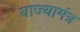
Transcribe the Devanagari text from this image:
याज्यामंत्र